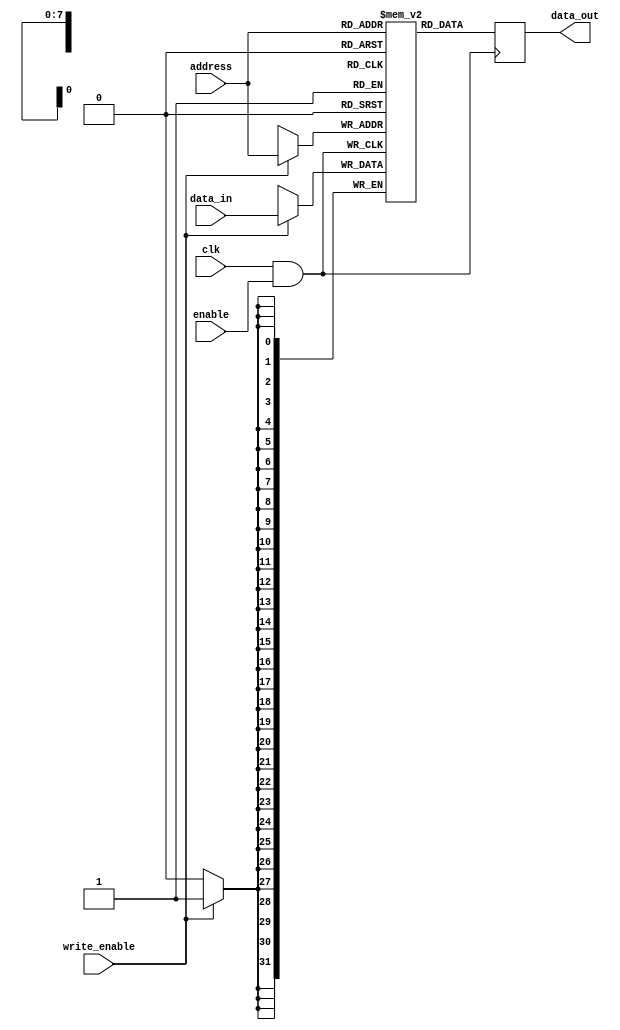
module memory_block (
    input wire clk,               // Main clock signal
    input wire enable,            // Enable signal for clock gating
    input wire [7:0] address,     // Address for memory access
    input wire [31:0] data_in,    // Data to write into memory
    input wire write_enable,       // Write enable signal
    output reg [31:0] data_out     // Data read from memory
);

    // Memory array (for example, a 256 x 32-bit memory)
    reg [31:0] memory [0:255];

    // Clock gating logic
    wire gated_clk;
    assign gated_clk = clk & enable;  // AND gate for clock gating

    always @(posedge gated_clk) begin
        if (write_enable) begin
            memory[address] <= data_in; // Write operation
        end
    end

    always @(posedge gated_clk) begin
        // Read operation (assuming read is on the rising edge of gated clock)
        data_out <= memory[address];
    end

endmodule